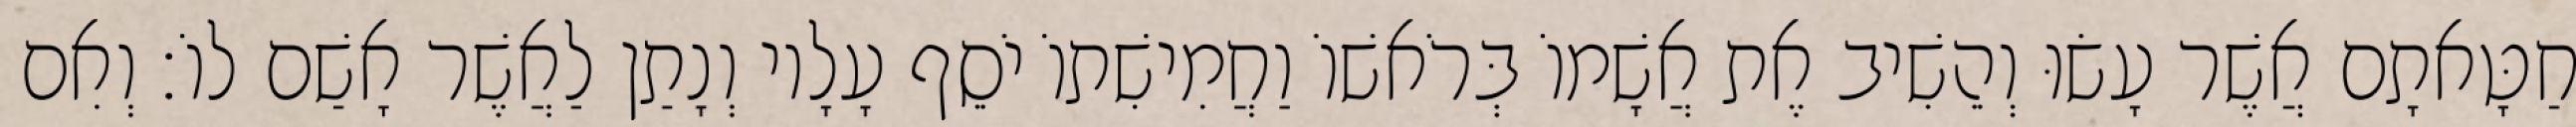
חַטָּאתָם אֲשֶׁר עָשׂוּ וְהֵשִׁיב אֶת אֲשָׁמוֹ בְּרֹאשׁוֹ וַחֲמִישִׁתוֹ יֹסֵף עָלָיו וְנָתַן לַאֲשֶׁר אָשַׁם לוֹ׃ וְאִם